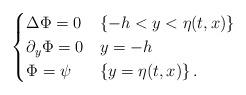
LaTeX: \begin{align*} \begin{cases}\Delta \Phi = 0 & \{- h < y < \eta(t,x)\} \\\partial_y \Phi = 0 & y = - h \\\Phi = \psi & \{y = \eta(t,x)\} \, . \end{cases}\end{align*}